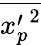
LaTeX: \overline{{{x_{p}^{\prime}}^{2}}}